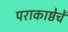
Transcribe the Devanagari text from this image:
पराकाष्ठेचें